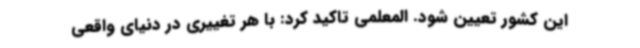
این کشور تعیین شود. المعلمی تاکید کرد: با هر تغییری در دنیای واقعی